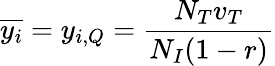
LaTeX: \overline{{y_{i}}}=y_{i,Q}=\frac{N_{T}v_{T}}{N_{I}(1-r)}